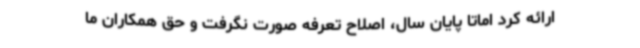
ارائه کرد اماتا پایان سال، اصلاح تعرفه صورت نگرفت و حق همکاران ما